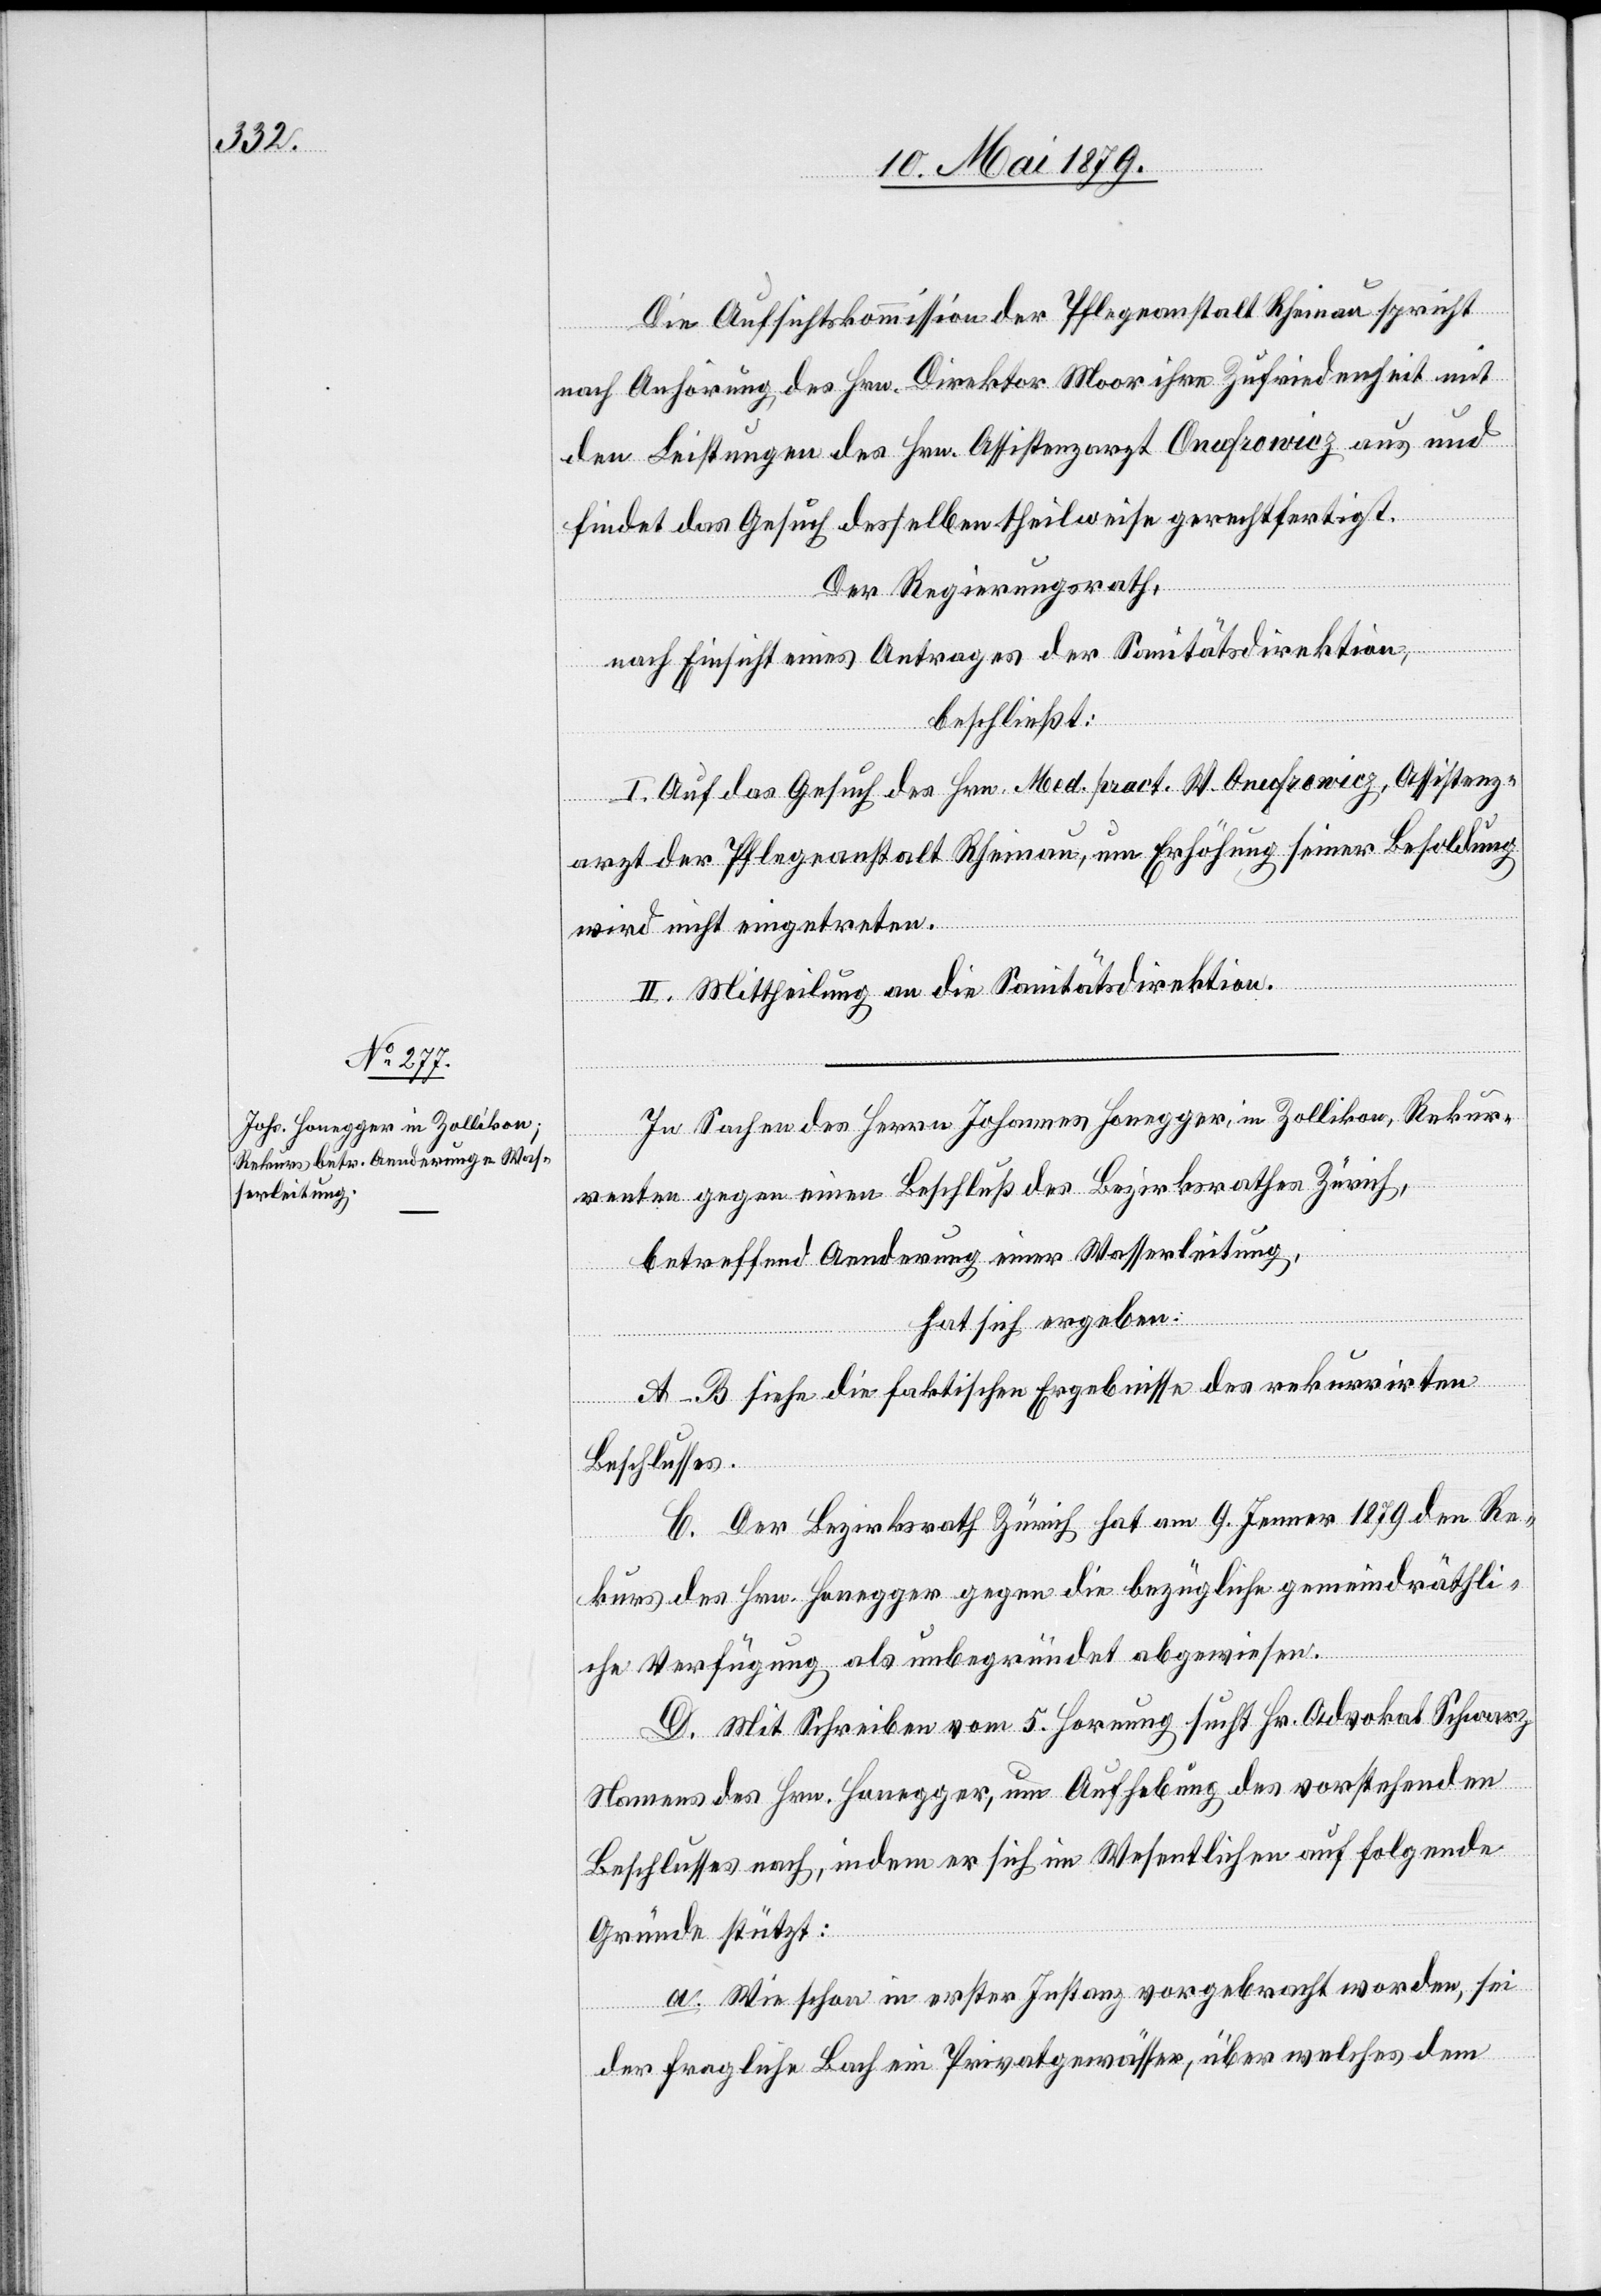
Die Aufsichtskommission der Pflegeanstalt Rheinau spricht
nach Anhörung des Hrn. Direktor Moor ihre Zufriedenheit mit
den Leistungen des Hrn. Assistenzarzt Onufrowicz aus und
findet das Gesuch desselben theilweise gerechtfertigt.
Der Regierungsrath,
nach Einsicht eines Antrages der Sanitätsdirektion,
beschließt:
I. Auf das Gesuch des Hrn. Med. pract. W. Onufrowicz, Assistenz¬
arzt der Pflegeanstalt Rheinau, um Erhöhung seiner Besoldung
wird nicht eingetreten.
II. Mittheilung an die Sanitätsdirektion.
In Sachen des Herrn Johannes Honegger, in Zollikon, Rekur¬
renten gegen einen Beschluß des Bezirksrathes Zürich,
betreffend Aenderung einer Wasserleitung,
hat sich ergeben:
A–B siehe die faktischen Ergebnisse des rekurrirten
Beschlusses.
C. Der Bezirksrath Zürich hat am 9. Jenner 1879 den Re¬
kurs des Hrn. Honegger gegen die bezügliche gemeindräthli¬
che Verfügung als unbegründet abgewiesen.
D. Mit Schreiben vom 5. Hornung sucht Hr. Advokat Schwarz
Namens des Hrn. Honegger, um Aufhebung des vorstehenden
Beschlusses nach, indem er sich im Wesentlichen auf folgende
Gründe stützt:
a. Wie schon in erster Instanz vorgebracht worden, sei
der fragliche Bach ein Privatgewässer, über welches dem